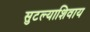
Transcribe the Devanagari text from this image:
सुटल्याशिवाय